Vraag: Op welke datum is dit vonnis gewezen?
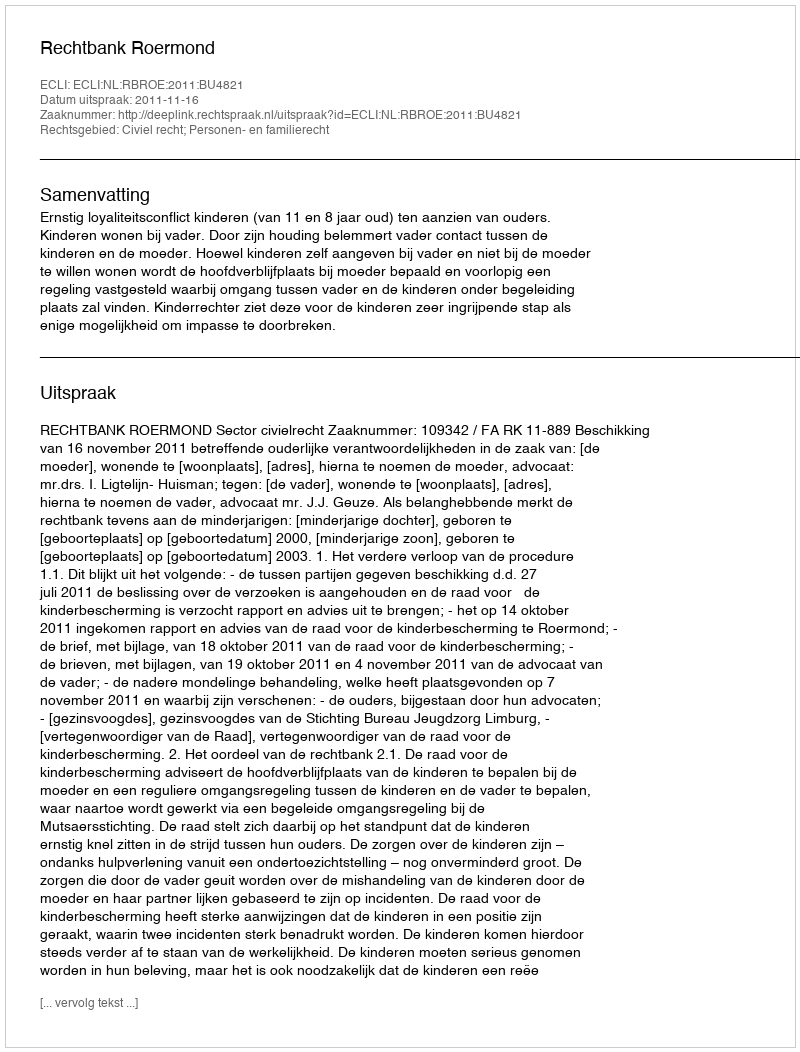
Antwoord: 2011-11-16